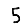
Digit: 5